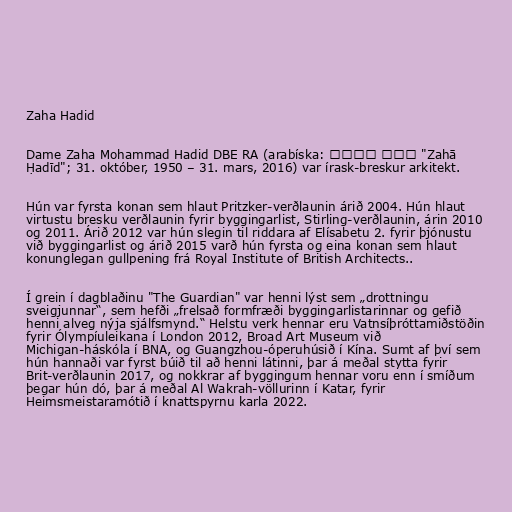
Zaha Hadid

Dame Zaha Mohammad Hadid DBE RA (arabíska: زها حديد "Zahā
Ḥadīd"; 31. október, 1950 – 31. mars, 2016) var írask-breskur arkitekt.

Hún var fyrsta konan sem hlaut Pritzker-verðlaunin árið 2004. Hún hlaut
virtustu bresku verðlaunin fyrir byggingarlist, Stirling-verðlaunin, árin 2010
og 2011. Árið 2012 var hún slegin til riddara af Elísabetu 2. fyrir þjónustu
við byggingarlist og árið 2015 varð hún fyrsta og eina konan sem hlaut
konunglegan gullpening frá Royal Institute of British Architects..

Í grein í dagblaðinu "The Guardian" var henni lýst sem „drottningu
sveigjunnar“, sem hefði „frelsað formfræði byggingarlistarinnar og gefið
henni alveg nýja sjálfsmynd.“ Helstu verk hennar eru Vatnsíþróttamiðstöðin
fyrir Ólympíuleikana í London 2012, Broad Art Museum við
Michigan-háskóla í BNA, og Guangzhou-óperuhúsið í Kína. Sumt af því sem
hún hannaði var fyrst búið til að henni látinni, þar á meðal stytta fyrir
Brit-verðlaunin 2017, og nokkrar af byggingum hennar voru enn í smíðum
þegar hún dó, þar á meðal Al Wakrah-völlurinn í Katar, fyrir
Heimsmeistaramótið í knattspyrnu karla 2022.